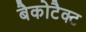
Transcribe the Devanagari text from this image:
बैकोटैक्ट